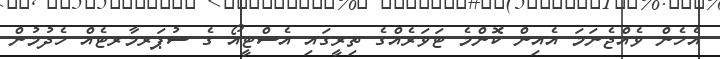
އެހެން ވެއްޖެނަމަ އެއިން ކޮންމެ ޓަވަރެއްގެ ތިރީގައި އެސްޓީއޯ ގެ ސުޕަރމާރޓެއް ހެދުމުން